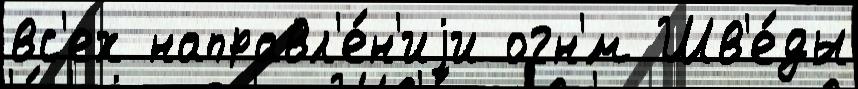
вс'ех направл'е́н'иjи огн'́м Шв'е́ды